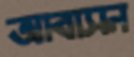
আবাসন